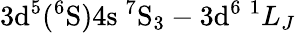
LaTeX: \mathrm{3d^{5}(^{6}S)4s\ ^{7}S_{3}}-\mathrm{3d^{6}}\ ^{1}L_{J}